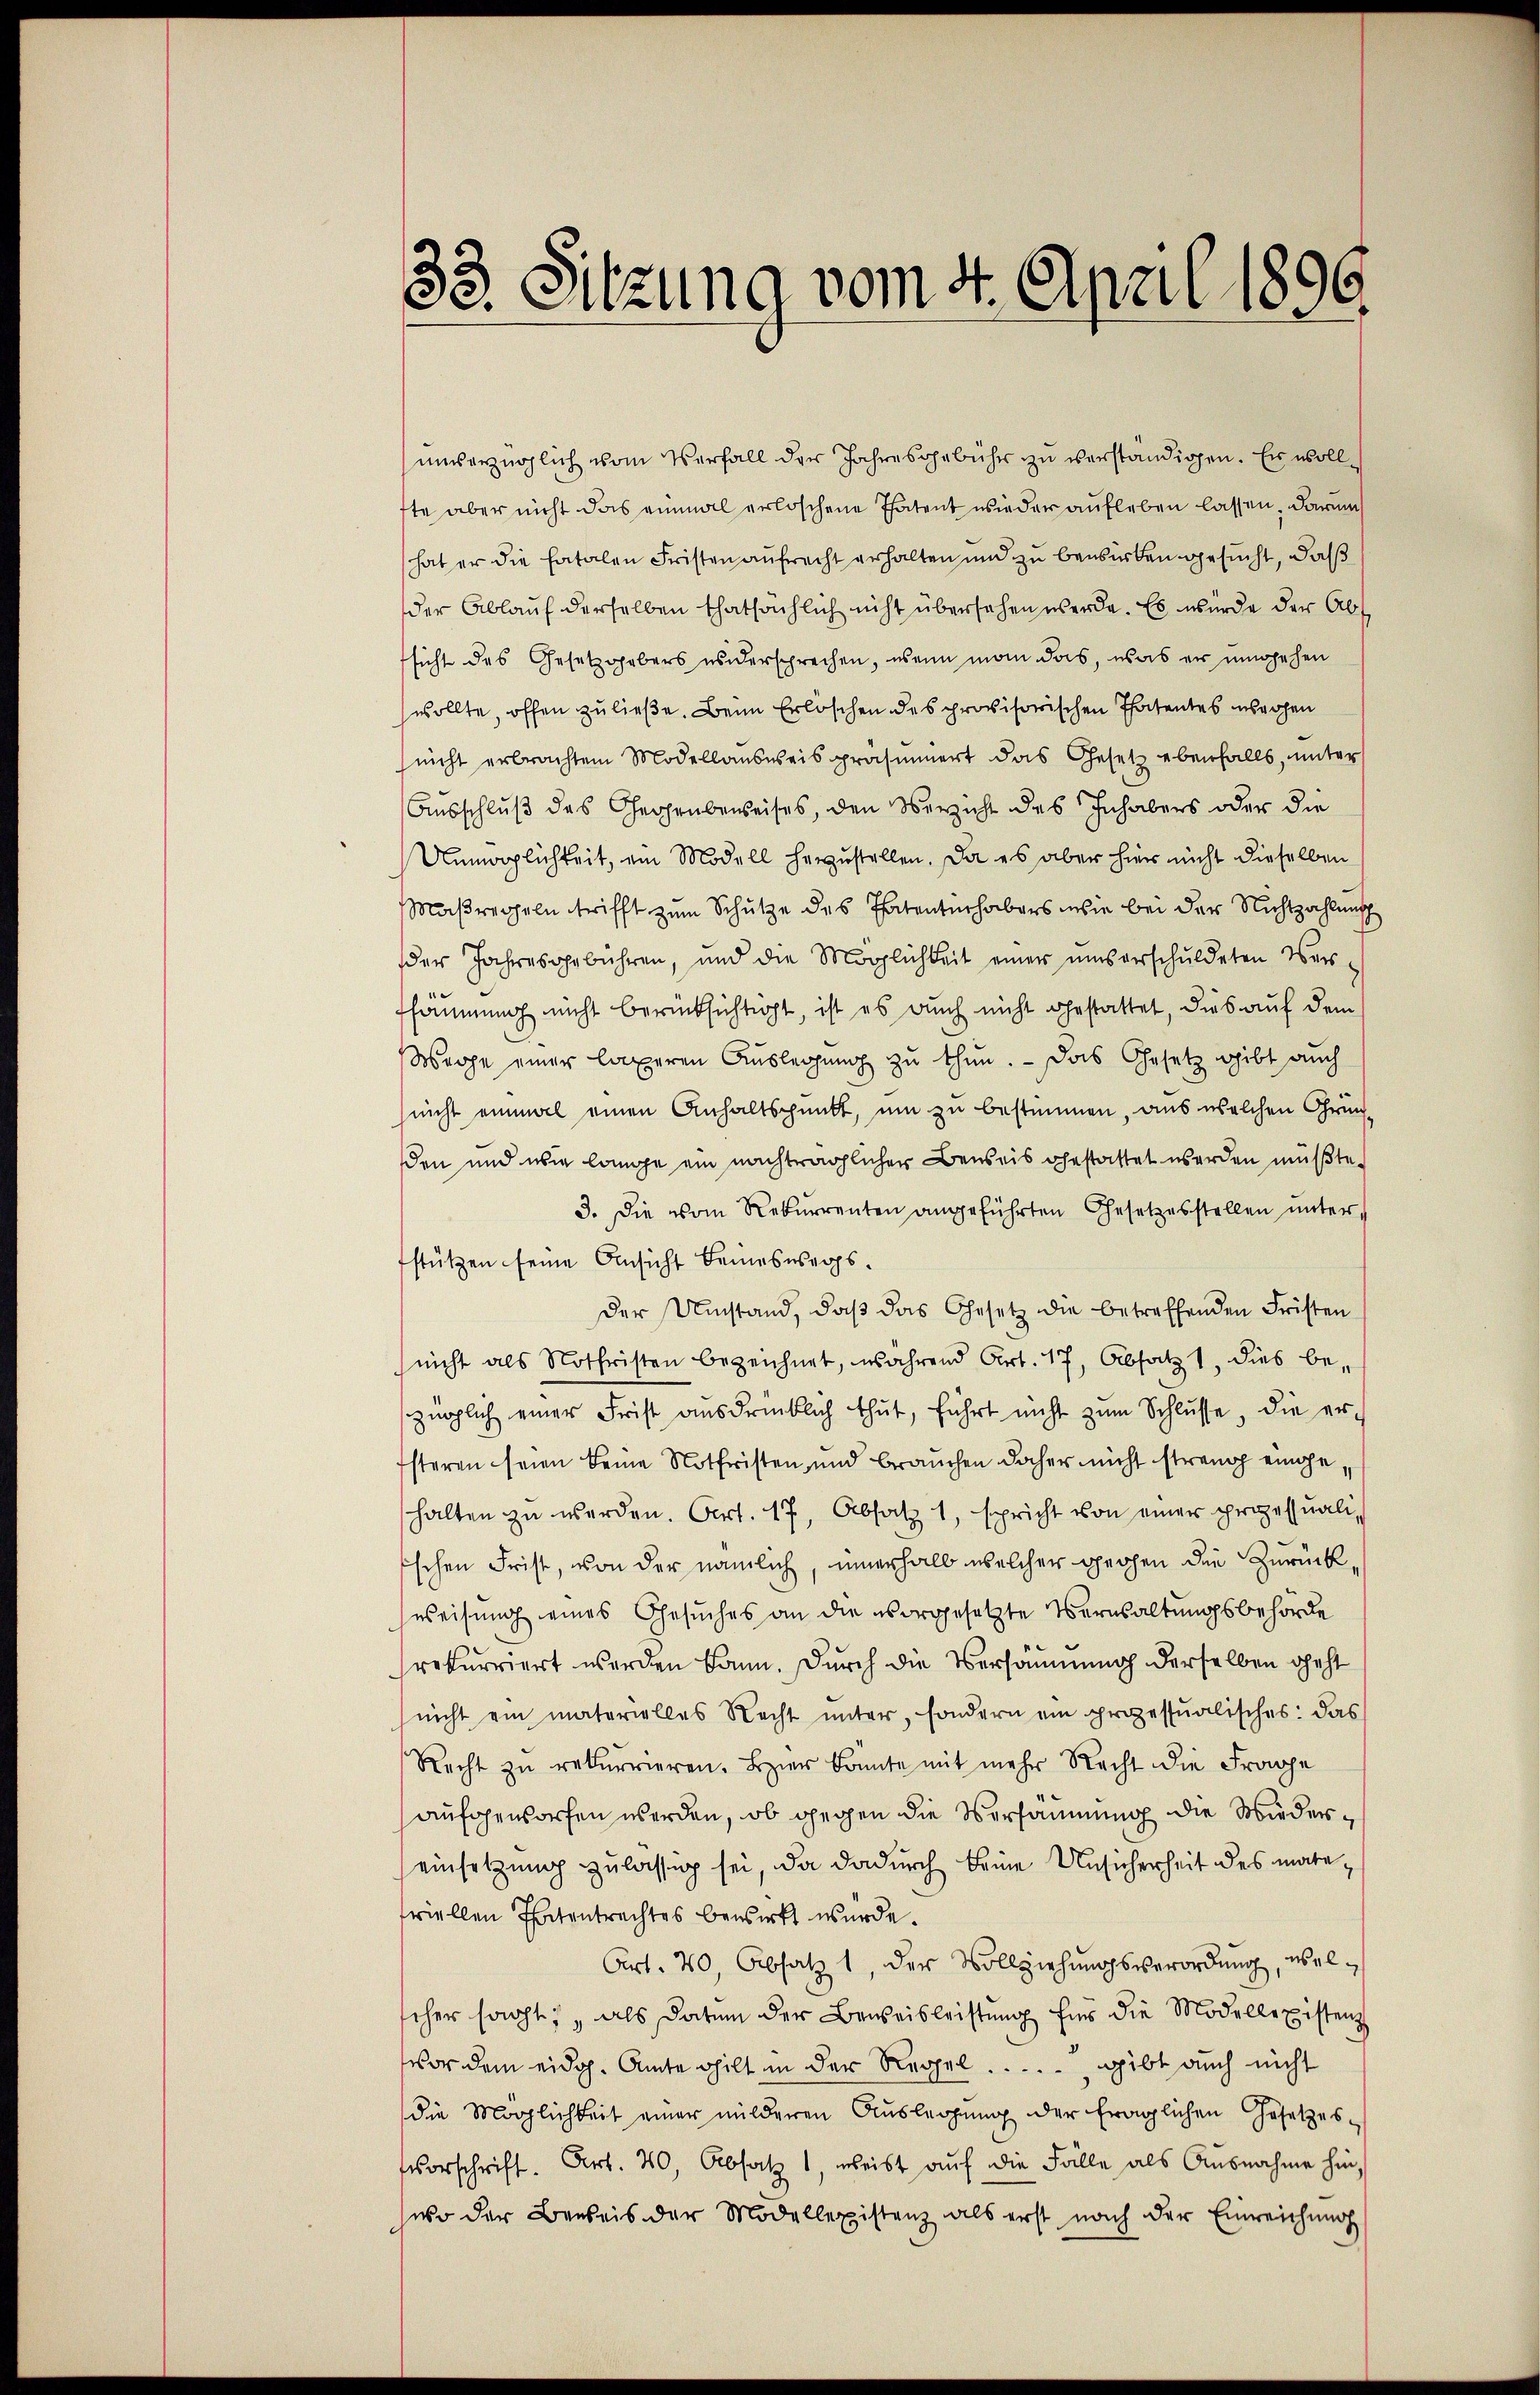
16
33. Sitzung vom 4. April 18

unverzüglich vom Verfall der Jahresgebühr zu verständigen. Er wollfte aber nicht das einmal erloschene Patent wieder aufleben lassen, darum
hat er die fatalen Fristen aufrecht erhalten und zu bewirken gesucht, daß
der Ablauf derselben thatsächlich nicht übersehen werde. Es wurde der Abs
sicht des Gesetzgebers widersprechen, wenn man das, was er umgehen
wollte, offen zu ließe. Beim Erlöschen des provisorischen Thatentes waren
nicht erbrachten Modellansweis prasiert das Gesetz ebenfalls, unter
Ausschluß des Gegenbeweises, den Verzicht des Inhabers oder die
Unmöglichkeit, ein Modell herzustellen. Da es aber hier nicht dieselben
Maßregeln trifft zum Schütze des Thatentinhabers, wie bei der Nichtzahlung
der Jahresgebühren, und die Möglichkeit einer umsverschuldeten Ver-
fsäumung nicht berücksichtigt, ist es auch nicht gestattet, dies auf dem
Wege einer lageren Aŭslegung zŭ thŭn. - Das Gesetz gibt auch
snicht einmal einen Anhaltspunkt, um zu bestimmen, aus welchen Gründen und wie lange ein nachträglicher Beweis gestattet werden müßte.
3. Die vom Rekurrenten angeführten Gesetzesstellen ŭnter
stützen seine Ansicht keineswegs
Der Umstand, daβ das Gesetz die betreffenden Fristen
nicht als Nothristen bezeichnet, während Art. 17, Absatz 1, dies bezüglich einer Frist ausdrücklich thut, führt nicht zum Schlüsse, die ersteren seien seine Notfristen und brauchen daher nicht streng eingehalten zu werden. Art. 17, Absatz 1, spricht von einer prozessuali,
schen Frist, von der nämlich, innerhalb welcher geohen die Zurück,
weisung eines Gesuches an die vorgesetzte Verwaltungsbehörde
rekurriert werden kann. Durch die Versammung derselben geht
nicht ein materielles Recht unter, sondern ein prozessualisches: das
Recht zu rekurrieren. Hier konnte mit mehr Recht die Frage
aufgeworfen werden, ob gegen die Versäumung die Wiedereinsetzung zulässig sei, da dadurch keine Unsicherheit des matetriellen Thatentrachtes bewirkt wurde.
Art. 40, Absatz 1, der Vollziehungsverordnung, welscher sacht, als Datum der Beweisleistung für die Modellexistenz
vor den eidg. Amte gilt in der Regel.  .. ... gibt auch nicht
die Möglichkeit einer milderen Auslegung der fraglichen Gesetzesvorschrift. Art. 40, Absatz, weist aŭf die Fälle als Ausnahme hin,
aso der Bereis der Modellexistenz als erst nach der Einreichung